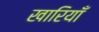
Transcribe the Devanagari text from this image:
खारियाँ